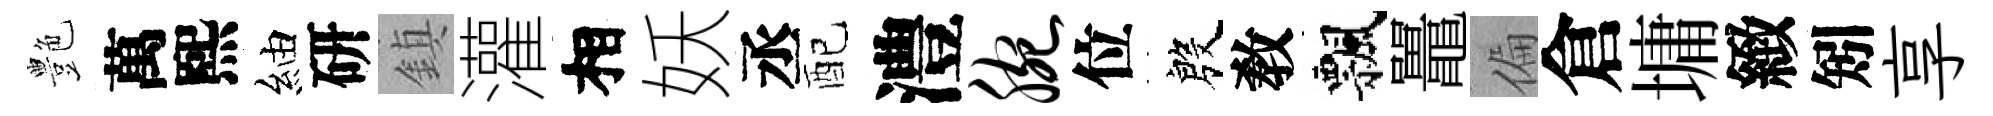
艶萬熙紬研鎮灌相妖丞配澧腕位殷敎飄鼉偏倉墉緻矧享